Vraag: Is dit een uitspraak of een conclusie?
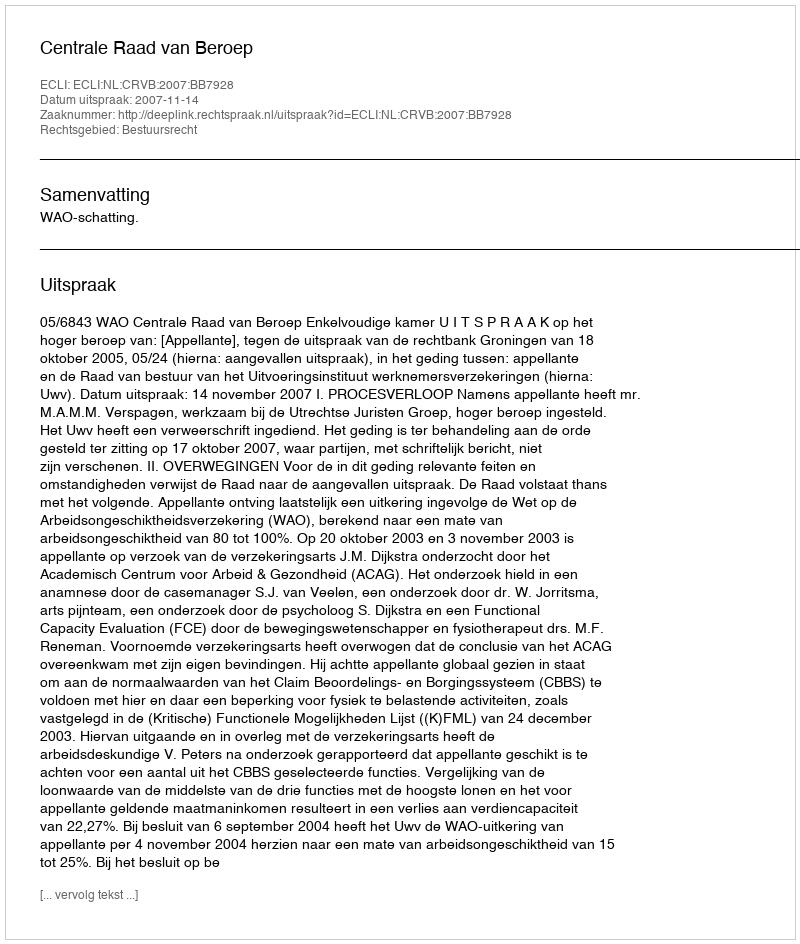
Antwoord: Uitspraak